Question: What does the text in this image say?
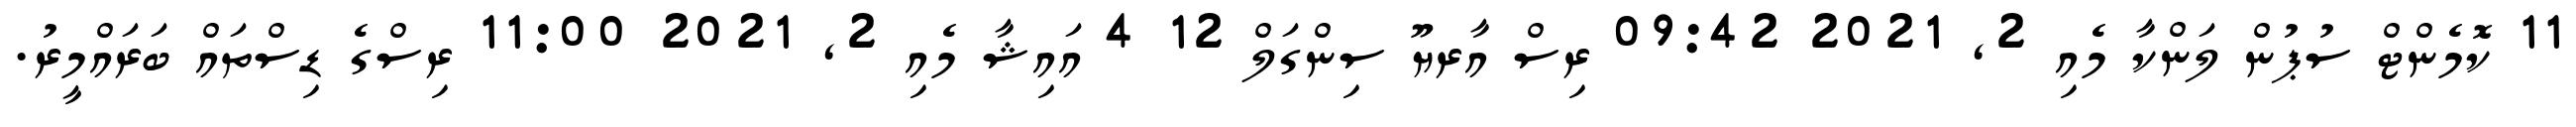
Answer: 11 ކޮމެންޓް ސުޕުން ލަންކާ މެއި 2, 2021 09:42 ރިސް އާރޔޫ ސިންގަލް 12 4 އައިޝާ މެއި 2, 2021 11:00 ރިސްގެ ޑިސްތައް ބަރައްމީރު.